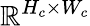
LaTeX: \mathbb{R}^{H_{c}\times W_{c}}